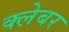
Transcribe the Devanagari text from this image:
क्लेबर